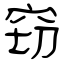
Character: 窃